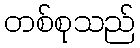
တစ်စုသည်